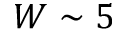
W \sim 5